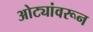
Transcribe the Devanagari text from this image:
ओट्यांवरून